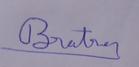
Signature authenticity: genuine